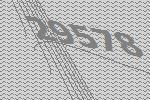
29578